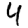
Digit: 4